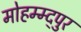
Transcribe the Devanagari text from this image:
मोहम्म्द्पुर